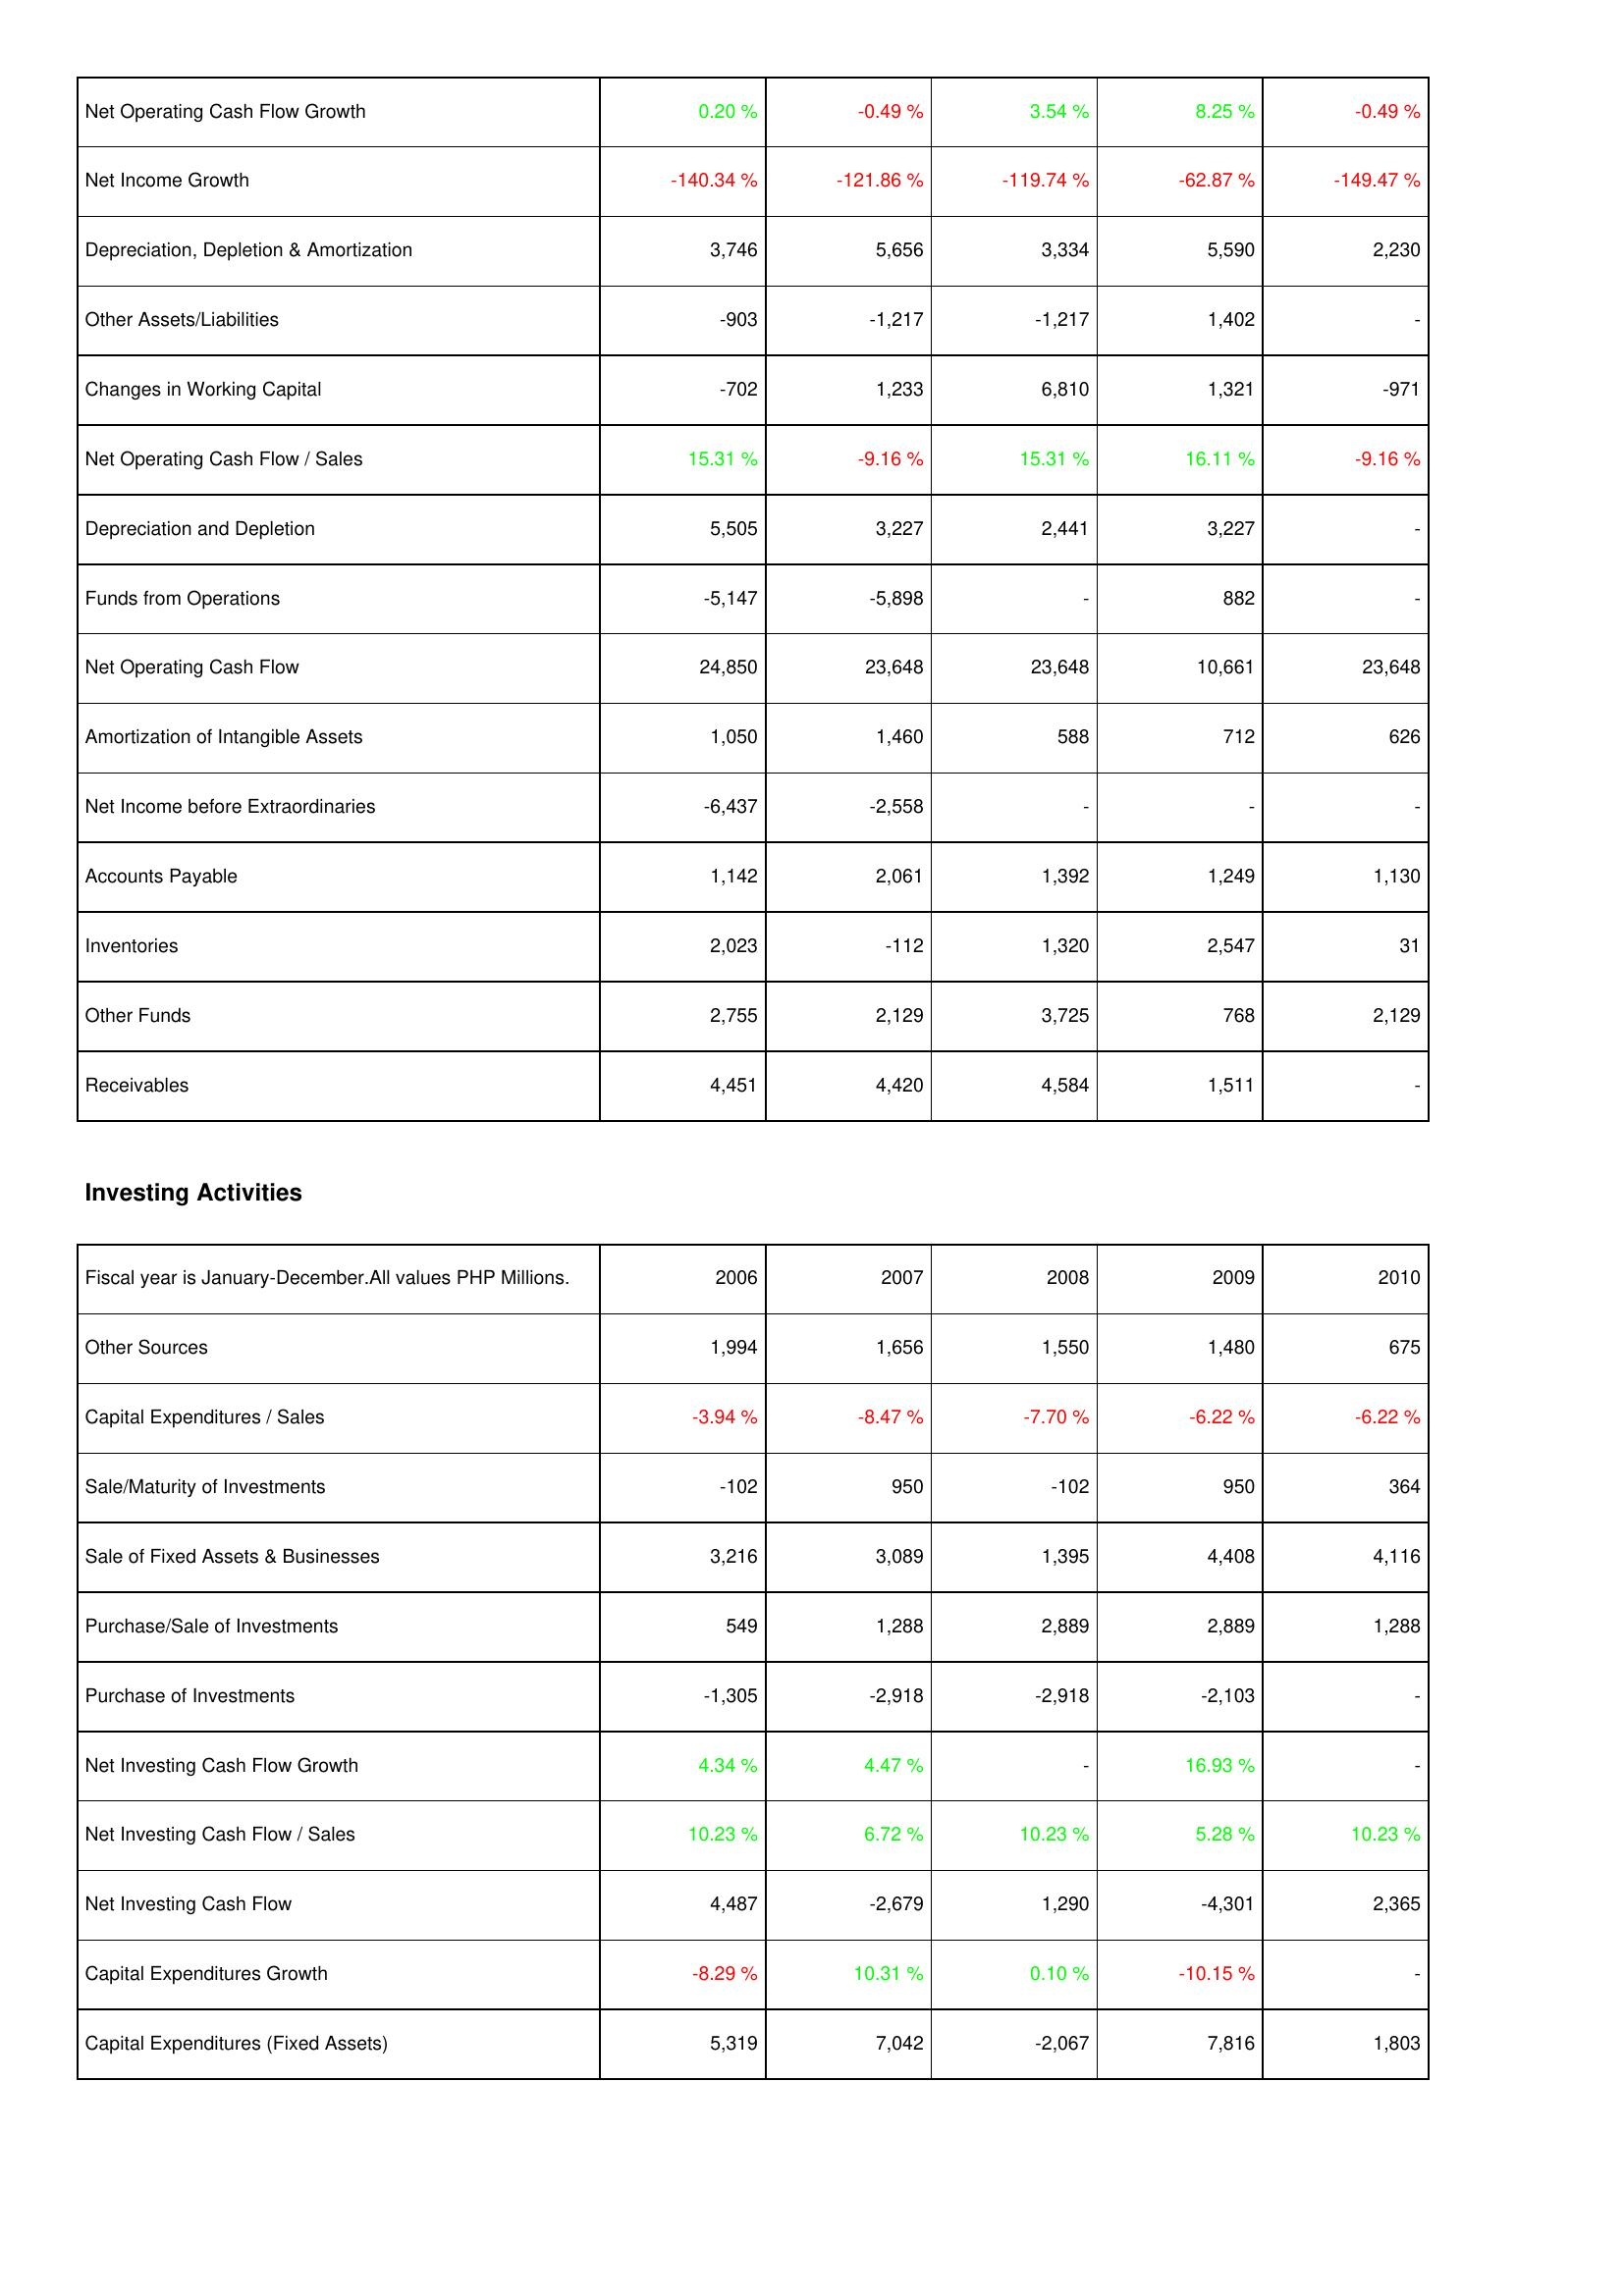
2006: Operating Activities: Net Operating Cash Flow Growth: 0.20 %
Net Income Growth: -140.34 %
Depreciation, Depletion & Amortization: 3,746
Other Assets/Liabilities: -903
Changes in Working Capital: -702
Net Operating Cash Flow / Sales: 15.31 %
Depreciation and Depletion: 5,505
Funds from Operations: -5,147
Net Operating Cash Flow: 24,850
Amortization of Intangible Assets: 1,050
Net Income before Extraordinaries: -6,437
Accounts Payable: 1,142
Inventories: 2,023
Other Funds: 2,755
Receivables: 4,451
Investing Activities: Other Sources: 1,994
Capital Expenditures / Sales: -3.94 %
Sale/Maturity of Investments: -102
Sale of Fixed Assets & Businesses: 3,216
Purchase/Sale of Investments: 549
Purchase of Investments: -1,305
Net Investing Cash Flow Growth: 4.34 %
Net Investing Cash Flow / Sales: 10.23 %
Net Investing Cash Flow: 4,487
Capital Expenditures Growth: -8.29 %
Capital Expenditures (Fixed Assets): 5,319
2007: Operating Activities: Net Operating Cash Flow Growth: -0.49 %
Net Income Growth: -121.86 %
Depreciation, Depletion & Amortization: 5,656
Other Assets/Liabilities: -1,217
Changes in Working Capital: 1,233
Net Operating Cash Flow / Sales: -9.16 %
Depreciation and Depletion: 3,227
Funds from Operations: -5,898
Net Operating Cash Flow: 23,648
Amortization of Intangible Assets: 1,460
Net Income before Extraordinaries: -2,558
Accounts Payable: 2,061
Inventories: -112
Other Funds: 2,129
Receivables: 4,420
Investing Activities: Other Sources: 1,656
Capital Expenditures / Sales: -8.47 %
Sale/Maturity of Investments: 950
Sale of Fixed Assets & Businesses: 3,089
Purchase/Sale of Investments: 1,288
Purchase of Investments: -2,918
Net Investing Cash Flow Growth: 4.47 %
Net Investing Cash Flow / Sales: 6.72 %
Net Investing Cash Flow: -2,679
Capital Expenditures Growth: 10.31 %
Capital Expenditures (Fixed Assets): 7,042
2008: Operating Activities: Net Operating Cash Flow Growth: 3.54 %
Net Income Growth: -119.74 %
Depreciation, Depletion & Amortization: 3,334
Other Assets/Liabilities: -1,217
Changes in Working Capital: 6,810
Net Operating Cash Flow / Sales: 15.31 %
Depreciation and Depletion: 2,441
Funds from Operations: -
Net Operating Cash Flow: 23,648
Amortization of Intangible Assets: 588
Net Income before Extraordinaries: -
Accounts Payable: 1,392
Inventories: 1,320
Other Funds: 3,725
Receivables: 4,584
Investing Activities: Other Sources: 1,550
Capital Expenditures / Sales: -7.70 %
Sale/Maturity of Investments: -102
Sale of Fixed Assets & Businesses: 1,395
Purchase/Sale of Investments: 2,889
Purchase of Investments: -2,918
Net Investing Cash Flow Growth: -
Net Investing Cash Flow / Sales: 10.23 %
Net Investing Cash Flow: 1,290
Capital Expenditures Growth: 0.10 %
Capital Expenditures (Fixed Assets): -2,067
2009: Operating Activities: Net Operating Cash Flow Growth: 8.25 %
Net Income Growth: -62.87 %
Depreciation, Depletion & Amortization: 5,590
Other Assets/Liabilities: 1,402
Changes in Working Capital: 1,321
Net Operating Cash Flow / Sales: 16.11 %
Depreciation and Depletion: 3,227
Funds from Operations: 882
Net Operating Cash Flow: 10,661
Amortization of Intangible Assets: 712
Net Income before Extraordinaries: -
Accounts Payable: 1,249
Inventories: 2,547
Other Funds: 768
Receivables: 1,511
Investing Activities: Other Sources: 1,480
Capital Expenditures / Sales: -6.22 %
Sale/Maturity of Investments: 950
Sale of Fixed Assets & Businesses: 4,408
Purchase/Sale of Investments: 2,889
Purchase of Investments: -2,103
Net Investing Cash Flow Growth: 16.93 %
Net Investing Cash Flow / Sales: 5.28 %
Net Investing Cash Flow: -4,301
Capital Expenditures Growth: -10.15 %
Capital Expenditures (Fixed Assets): 7,816
2010: Operating Activities: Net Operating Cash Flow Growth: -0.49 %
Net Income Growth: -149.47 %
Depreciation, Depletion & Amortization: 2,230
Other Assets/Liabilities: -
Changes in Working Capital: -971
Net Operating Cash Flow / Sales: -9.16 %
Depreciation and Depletion: -
Funds from Operations: -
Net Operating Cash Flow: 23,648
Amortization of Intangible Assets: 626
Net Income before Extraordinaries: -
Accounts Payable: 1,130
Inventories: 31
Other Funds: 2,129
Receivables: -
Investing Activities: Other Sources: 675
Capital Expenditures / Sales: -6.22 %
Sale/Maturity of Investments: 364
Sale of Fixed Assets & Businesses: 4,116
Purchase/Sale of Investments: 1,288
Purchase of Investments: -
Net Investing Cash Flow Growth: -
Net Investing Cash Flow / Sales: 10.23 %
Net Investing Cash Flow: 2,365
Capital Expenditures Growth: -
Capital Expenditures (Fixed Assets): 1,803